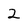
Character: 2